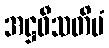
အဋ္ဌဝီသတိမံ